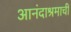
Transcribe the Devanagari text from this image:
आनंदाश्रमाची